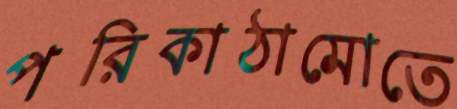
পরিকাঠামোতে